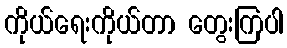
ကိုယ်ရေးကိုယ်တာ တွေးကြပါ